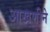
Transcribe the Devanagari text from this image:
आखणीने